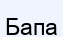
Бапа